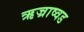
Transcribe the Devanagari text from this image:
ऋज्राष्वड